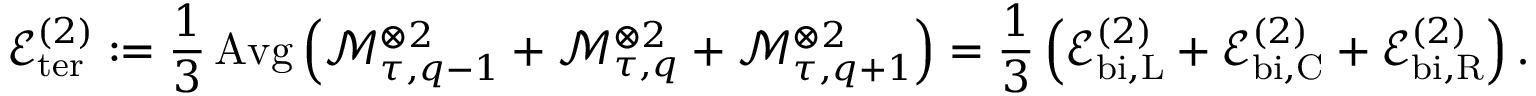
\mathcal { E } _ { \mathrm { t e r } } ^ { ( 2 ) } : = \frac { 1 } { 3 } \operatorname { A v g } \left( \mathcal { M } _ { \tau , q - 1 } ^ { \otimes 2 } + \mathcal { M } _ { \tau , q } ^ { \otimes 2 } + \mathcal { M } _ { \tau , q + 1 } ^ { \otimes 2 } \right) = \frac { 1 } { 3 } \left( \mathcal { E } _ { \mathrm { b i } , \mathrm { L } } ^ { ( 2 ) } + \mathcal { E } _ { \mathrm { b i } , \mathrm { C } } ^ { ( 2 ) } + \mathcal { E } _ { \mathrm { b i } , \mathrm { R } } ^ { ( 2 ) } \right) .